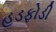
હડફોડી